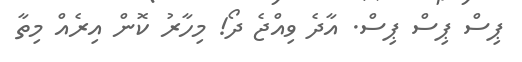
ޕިސް ޕިސް ޕިސް. އާދެ ވިއްޖެ ދޯ! މިހާރު ކޮން އިރެއް މިތާ